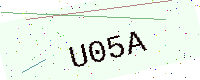
Text: U05A